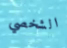
الشخصي